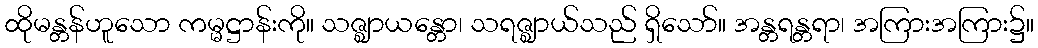
ထိုမန္တန်ဟူသော ကမ္မဋ္ဌာန်းကို။ သဇ္ဈာယန္တော၊ သရဇ္ဈာယ်သည် ရှိသော်။ အန္တရန္တရာ၊ အကြားအကြား၌။